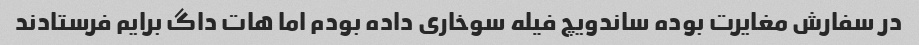
در سفارش مغایرت بوده ساندویچ فیله سوخاری داده بودم اما هات داگ برایم فرستادند